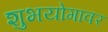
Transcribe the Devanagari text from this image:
शुभयोगावर